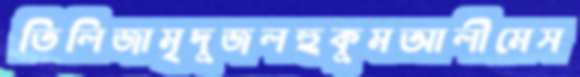
তিলিজামৃদুজলহুকুমআলীমেস